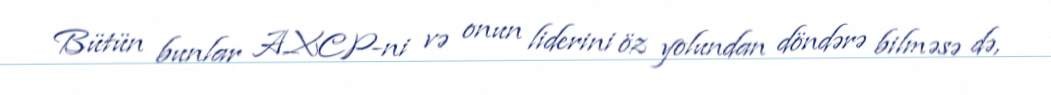
Bütün bunlar AXCP-ni və onun liderini öz yolundan döndərə bilməsə də,